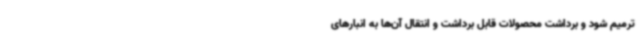
ترمیم شود و برداشت محصولات قابل برداشت و انتقال آن‌ها به انبارهای